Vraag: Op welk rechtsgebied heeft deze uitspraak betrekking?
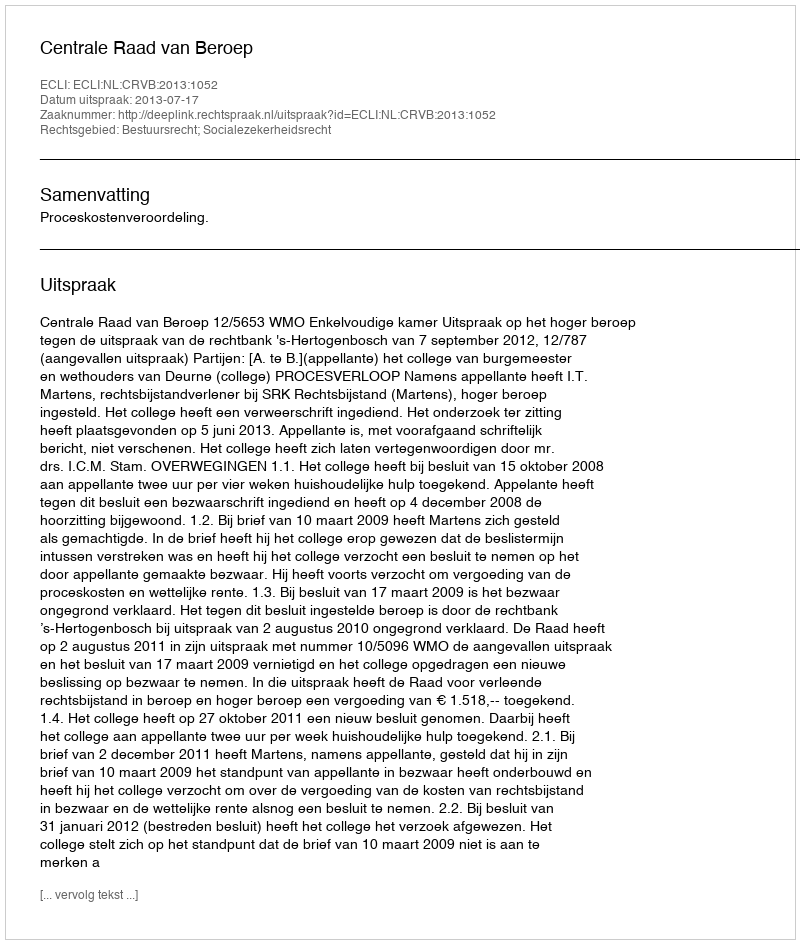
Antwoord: Bestuursrecht; Socialezekerheidsrecht